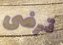
ترضى